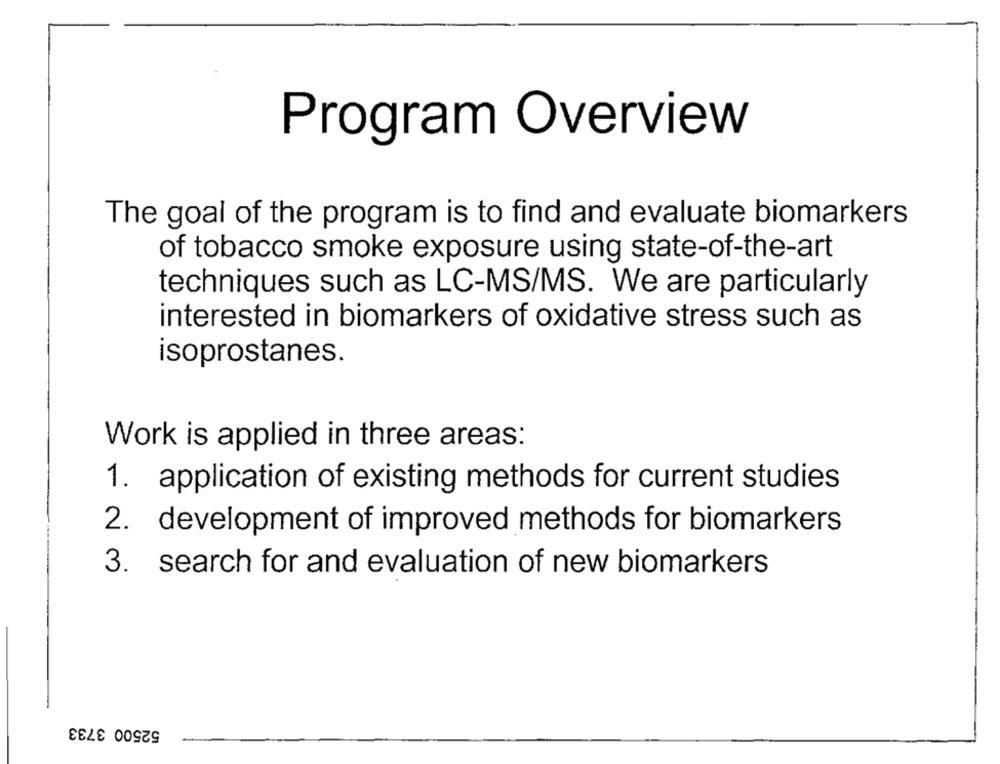
Program Overview
The goal of the program is to find and evaluate biomarkers
of tobacco smoke exposure using state-of-the-art
techniques such as LC-MS/MS. We are particularly
interested in biomarkers of oxidative stress such as
isoprostanes.
Work is applied in three areas:
1. application of existing methods for current studies
2. development of improved methods for biomarkers
3. search for and evaluation of new biomarkers
52500 3733